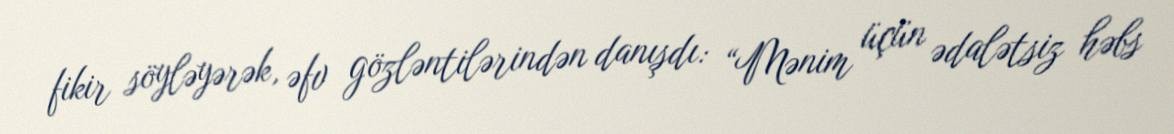
fikir söyləyərək, əfv gözləntilərindən danışdı: “Mənim üçün ədalətsiz həbs